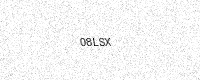
Text: 08LSX